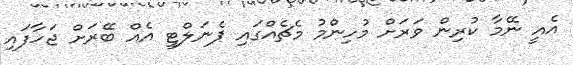
އެއީ ނޭމާ ކުރިން ވަރަށް މުހިންމު މެޗެއްގައި ޕެނަލްޓީ އެއް ބޭރަށް ޖަހާފައި